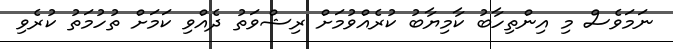
ނަމަވެސް މި އިންތިހާބު ކާމިޔާބު ކުރެއްވުމަށް ރިޝްވަތު ދެއްވި ކަމަށް ތުހުމަތު ކުރެވި